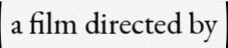
a film directed by